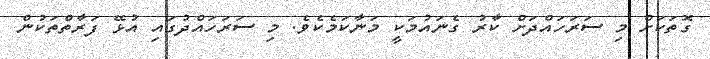
ގޮތަކަށް މި ސަރަހައްދަށް ކާރު ގެނައުމަކީ މަނާކަމެކެވެ. މި ސަރަހައްދުގައި އުޅޭ ފަރާތްތަކުން